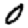
Digit: 0